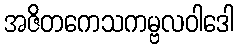
အဇိတကေသကမ္ဗလဝါဒေါ